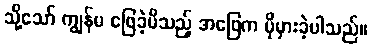
သို့သော် ကျွန်မ ဖြေခဲ့မိသည့် အဖြေက ပိုမှားခဲ့ပါသည်။